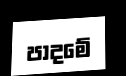
පාදමේ